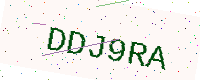
Text: DDJ9RA